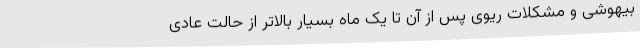
بیهوشی و مشکلات ریوی پس از آن تا یک ماه بسیار بالاتر از حالت عادی